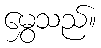
မွှေသည်။